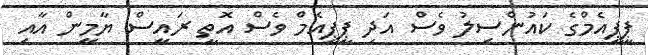
ޕީޕީއެމްގެ ކައުންސިލު ވެސް އަދި ޕީޕީއެމް ވެސް އޮތީ ރައީސް ޔާމީން އާއި